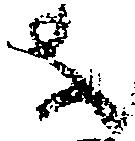
を